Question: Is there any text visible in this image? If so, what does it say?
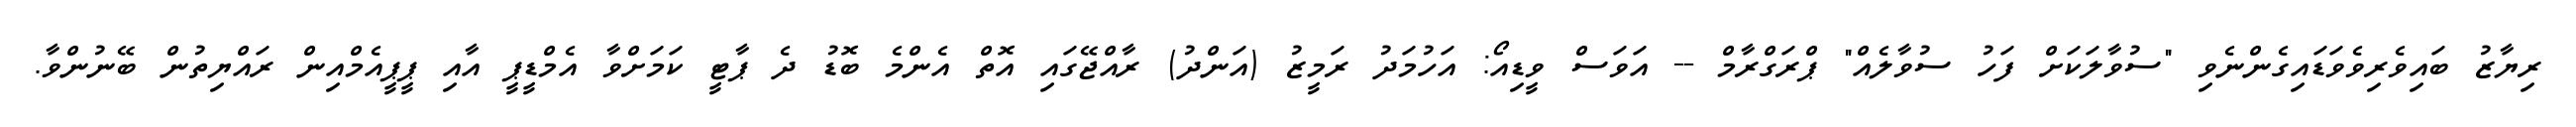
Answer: ރިޔާޒު ބައިވެރިވެވަޑައިގެންނެވި "ސުވާލަކަށް ފަހު ސުވާލެއް" ޕްރަގްރާމް -- އަވަސް ވީޑިއޯ: އަހުމަދު ރަމީޒު (އަންދު) ރާއްޖޭގައި އޮތް އެންމެ ބޮޑު ދެ ޕާޓީ ކަމަށްވާ އެމްޑީޕީ އާއި ޕީޕީއެމްއިން ރައްޔިތުން ބޭނުންވާ.